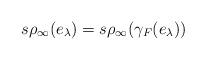
LaTeX: \begin{align*}s\rho_\infty(e_\lambda)=s\rho_\infty(\gamma_F(e_\lambda))\end{align*}